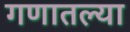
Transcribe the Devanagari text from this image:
गणातल्या